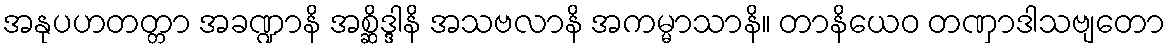
အနုပဟတတ္တာ အခဏ္ဍာနိ အစ္ဆိဒ္ဒါနိ အသဗလာနိ အကမ္မာသာနိ။ တာနိယေဝ တဏှာဒါသဗျတော